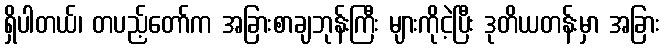
ရှိပါတယ်၊ တပည့်တော်က အခြားစာချဘုန်းကြီး များကိုငဲ့ပြီး ဒုတိယတန်းမှာ အခြား